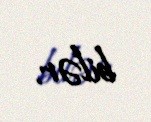
bilər.